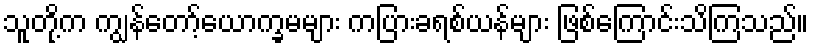
သူတို့က ကျွန်တော့်ယောက္ခမများ ကပြားခရစ်ယန်များ ဖြစ်ကြောင်းသိကြသည်။